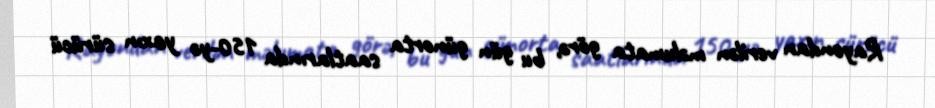
Rayondan verilən məlumata görə, bu gün günorta saatlarında 150-yə yaxın sürücü